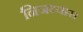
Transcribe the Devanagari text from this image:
निजध्यास